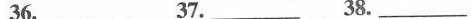
36.___ 37.___ 38.___